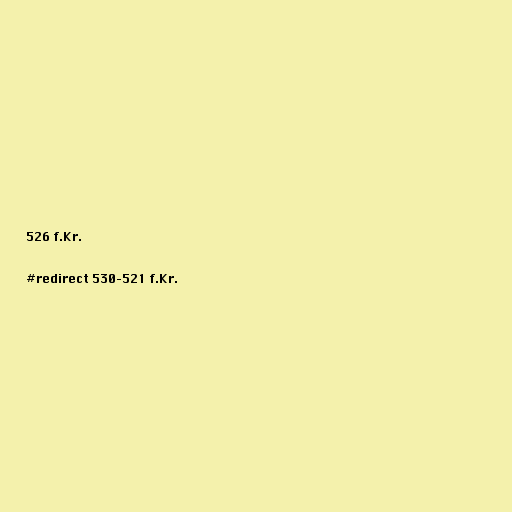
526 f.Kr.

#redirect 530–521 f.Kr.